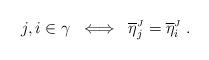
LaTeX: \begin{align*} j, i \in \gamma \;\iff\; \overline{\eta}^{\mbox{\tiny $J$}}_{j} = \overline{\eta}^{\mbox{\tiny $J$}}_{i} \;.\end{align*}